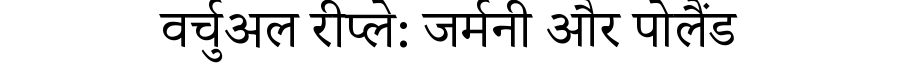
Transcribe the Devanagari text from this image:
वर्चुअल रीप्ले: जर्मनी और पोलैंड